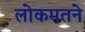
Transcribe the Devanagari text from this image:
लोकमतने